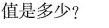
值是多少?